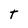
Character: T